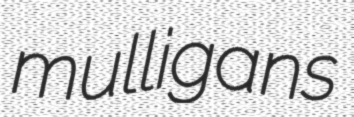
mulligans